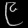
Digit: ၉